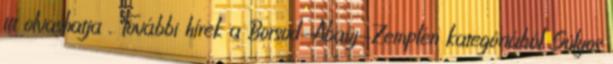
itt olvashatja . További hírek a Borsod-Abaúj-Zemplén kategóriából Súlyos